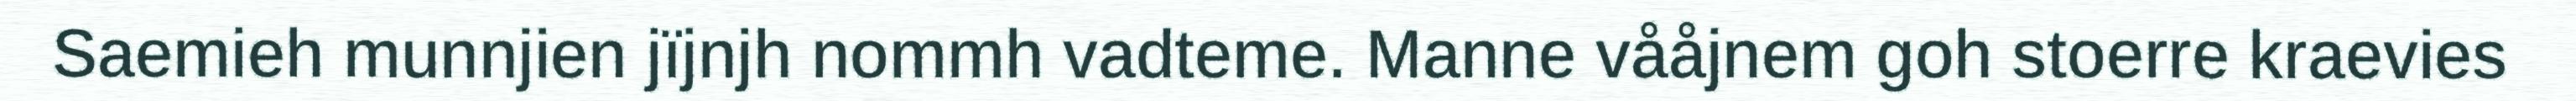
Saemieh munnjien jïjnjh nommh vadteme. Manne vååjnem goh stoerre kraevies